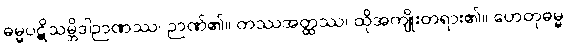
ဓမ္မပဋိသမ္ဘိဒါဉာဏဿ၊ ဉာဏ်၏။ တဿအတ္ထဿ၊ ထိုအကျိုးတရား၏။ ဟေတုဓမ္မ